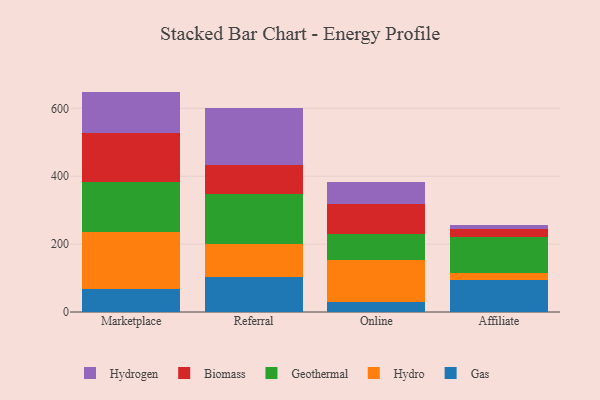
{"axis": {"x": "Channel", "y": "Population (Million)"}, "legend": ["Biomass", "Gas", "Geothermal", "Hydro", "Hydrogen"], "data": [{"x": "Marketplace", "y": 66.3, "type": "Gas"}, {"x": "Marketplace", "y": 169.4, "type": "Hydro"}, {"x": "Marketplace", "y": 148.6, "type": "Geothermal"}, {"x": "Marketplace", "y": 141.7, "type": "Biomass"}, {"x": "Marketplace", "y": 123.3, "type": "Hydrogen"}, {"x": "Referral", "y": 103.1, "type": "Gas"}, {"x": "Referral", "y": 97.2, "type": "Hydro"}, {"x": "Referral", "y": 147.8, "type": "Geothermal"}, {"x": "Referral", "y": 84.1, "type": "Biomass"}, {"x": "Referral", "y": 169.7, "type": "Hydrogen"}, {"x": "Online", "y": 28.7, "type": "Gas"}, {"x": "Online", "y": 123.2, "type": "Hydro"}, {"x": "Online", "y": 79.1, "type": "Geothermal"}, {"x": "Online", "y": 86.6, "type": "Biomass"}, {"x": "Online", "y": 64.4, "type": "Hydrogen"}, {"x": "Affiliate", "y": 94.5, "type": "Gas"}, {"x": "Affiliate", "y": 21.0, "type": "Hydro"}, {"x": "Affiliate", "y": 105.1, "type": "Geothermal"}, {"x": "Affiliate", "y": 24.7, "type": "Biomass"}, {"x": "Affiliate", "y": 10.9, "type": "Hydrogen"}]}